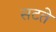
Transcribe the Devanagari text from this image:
सटते